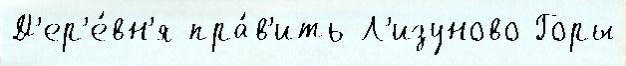
Д'ер'е́вн'я пра́в'ить Л'изуново Горы